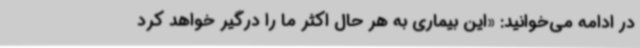
در ادامه می‌خوانید: «این بیماری به هر حال اکثر ما را درگیر خواهد کرد